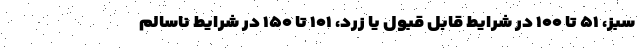
سبز، ۵۱ تا ۱۰۰ در شرایط قابل قبول یا زرد، ۱۰۱ تا ۱۵۰ در شرایط ناسالم